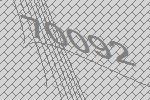
70092